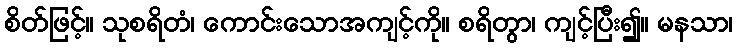
စိတ်ဖြင့်။ သုစရိတံ၊ ကောင်းသောအကျင့်ကို။ စရိတွာ၊ ကျင့်ပြီး၍။ မနသာ၊